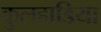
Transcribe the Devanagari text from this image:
कुलहाडिया